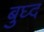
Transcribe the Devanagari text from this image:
बुघ्‍द